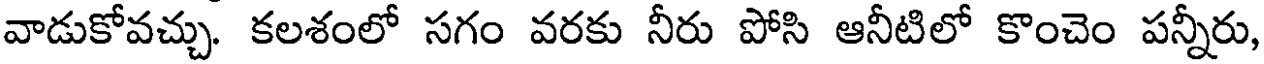
వాడుకోవచ్చు. కలశంలో సగం వరకు నీరు పోసి ఆనీటిలో కొంచెం పన్నీరు,